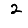
Digit: 2